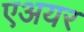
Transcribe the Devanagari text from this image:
एअयर